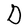
Character: D